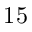
1 5